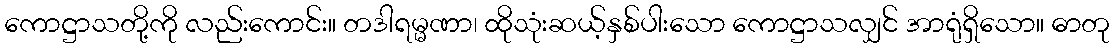
ကောဋ္ဌာသတို့ကို လည်းကောင်း။ တဒါရမ္မဏာ၊ ထိုသုံးဆယ့်နှစ်ပါးသော ကောဋ္ဌာသလျှင် အာရုံရှိသော။ ဓာတု